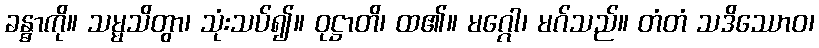
ခန္ဓာကို။ သမ္မသိတွာ၊ သုံးသပ်၍။ ဝုဋ္ဌာတိ၊ ထ၏။ မဂ္ဂေါ၊ မဂ်သည်။ တံတံ သဒိဿောဝ၊